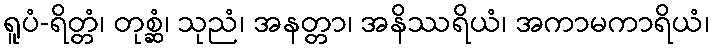
ရူပံ-ရိတ္တံ၊ တုစ္ဆံ၊ သုညံ၊ အနတ္တာ၊ အနိဿရိယံ၊ အကာမကာရိယံ၊